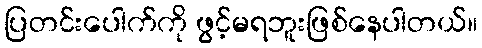
ပြတင်းပေါက်ကို ဖွင့်မရဘူးဖြစ်နေပါတယ်။